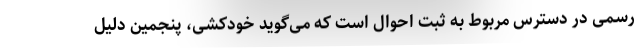
رسمی در دسترس مربوط به ثبت احوال است که می‌گوید خودکشی، پنجمین دلیل